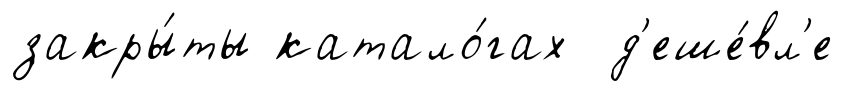
закры́ты катало́гах д'еше́вл'е